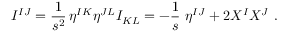
I ^ { I J } = \frac { 1 } { s ^ { 2 } } \, \eta ^ { I K } \eta ^ { J L } I _ { K L } = - \frac 1 s \ \eta ^ { I J } + 2 X ^ { I } X ^ { J } \ .